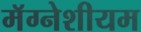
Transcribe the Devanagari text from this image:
मॅग्नेशीयम